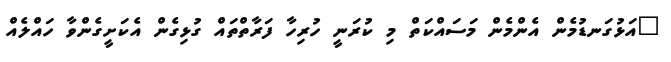
"އަޅުގަނޑުމެން އެންމެން މަސައްކަތް މި ކުރަނީ ހުރިހާ ފަރާތްތައް ގުޅިގެން އެކަށީގެންވާ ހައްލެއް